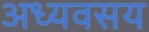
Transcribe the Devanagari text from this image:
अध्यवसय